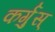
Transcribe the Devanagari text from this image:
कर्गुस्